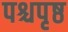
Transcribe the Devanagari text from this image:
पश्चपृष्ठ